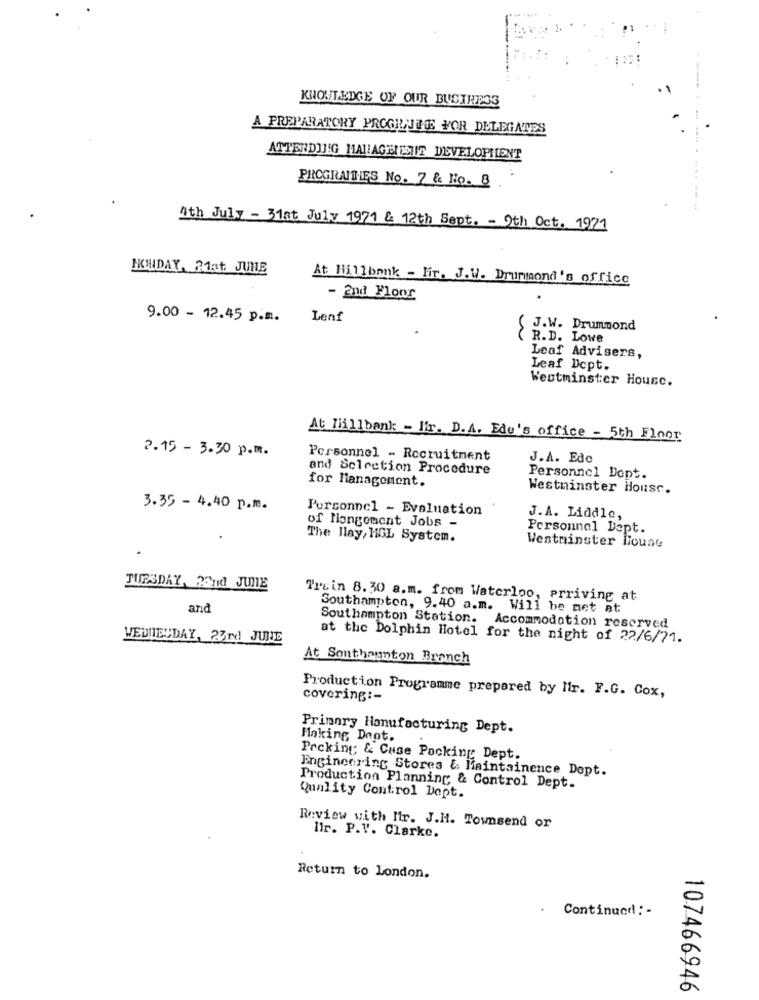
KNOWLEDGE OF OUR BUSINESS
A PREPARATORY PROGEL JTE FOR DELEGATES
ATTERDUJG HANLAGEIENTIS DEVELOPMENT
PROGRAMTIES No. 7 & HO. B
4th July - 31at July 1971 & 12th Sept. - 9th Oct. 1971
IKWDAY, 21at. JUNE
At Hillbank - lir. J.W. Drummond's office
- 2nd Floor
9.00 - 12.45 p.m.
Lenf
( J.W. Drummond
( R.D. Lowe
Leaf Advisers,
Leaf Dept.
Westminster Housc.
At Hillbank - Ir. D.A. Edu's office - 5th Floor
2.15 - 3.30 p.m.
Personnel - Recruitment
J.A. Edo
and Selection Procedure
for Management.
Personnel Dept.
Westminster Housc.
3.35 - 4.40 p.m.
Personnel - Evaluation
J.A. Liddle,
of Mangement Jobs -
Personnel Dept.
The Hlay, HGL System.
Westminster lioust
TUESDAY, 22nd JUNE
Trein 8.30 a.m. from Waterloo, prriving at
and
Southampton, 9.40 a.m. Will be met at
Southampton Station. Accommodation reserved
VEDITECDAY, 23rd JULIE
at the Dolphin Hotel for the night of 22/6/71.
At Sonthaunton Branch
Production Programme prepared by lir. F.G. Cox,
covering :-
Primary Hanufacturing Dept.
Making Daot.
Prcking; & Case Pocking Dept.
Engineering Stores &. Maintainence Dopt.
Production Planning & Control Dept.
Quality Control Dept.
Review with Mir. J.H. Townsend or
lir. P.V. Clarke.
Return to London.
Continued: -
107466946